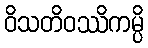
ဝိသတိဝဿိကမ္ပိ